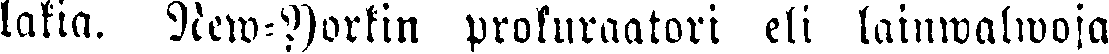
lakia. New-Yorkin prokuraatori eli lainwalwoja